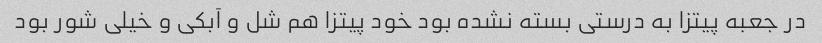
در جعبه پیتزا به درستی بسته نشده بود خود پیتزا هم شل و آبکی و خیلی شور بود